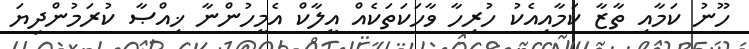
ހޫނު ކަމާއި ތާޒާ ކަމާއިއެކު ހުރިހާ ވާހަކަތަކެއް އީލާކް އެމީހުންނާ ޚިއްޞާ ކުރަމުންދިޔަ